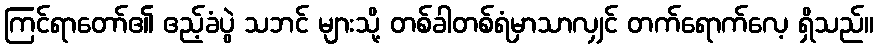
ကြင်ရာတော်၏ ဧည့်ခံပွဲ သဘင် များသို့ တစ်ခါတစ်ရံမှာသာလျှင် တက်ရောက်လေ့ ရှိသည်။